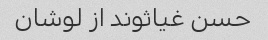
حسن غیاثوند از لوشان